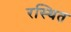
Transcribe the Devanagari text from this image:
रस्थित